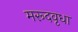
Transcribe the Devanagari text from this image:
मरूदवृधा